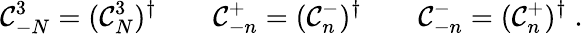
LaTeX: \mathcal{C}_{-N}^{3}=(\mathcal{C}_{N}^{3})^{\dagger}\qquad\mathcal{C}_{-n}^{+}=(\mathcal{C}_{n}^{-})^{\dagger}\qquad\mathcal{C}_{-n}^{-}=(\mathcal{C}_{n}^{+})^{\dagger}\; .